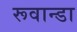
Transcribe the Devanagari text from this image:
रूवान्डा